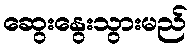
ဆွေးနွေးသွားမည်